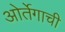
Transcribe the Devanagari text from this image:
ओर्तेगाची